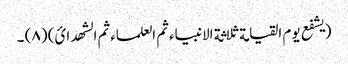
(یشفع یوم القیامة ثلاثة الانبیاء ثم العلماء ثم الشھدائ) (٨) ۔